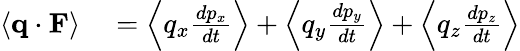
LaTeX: \begin{array}{rl}{\langle\mathbf{q}\cdot\mathbf{F}\rangle}&{{}={\Bigl\langle}q_{x}{\frac{dp_{x}}{dt}}{\Bigr\rangle}+{\Bigl\langle}q_{y}{\frac{dp_{y}}{dt}}{\Bigr\rangle}+{\Bigl\langle}q_{z}{\frac{dp_{z}}{dt}}{\Bigr\rangle}}\end{array}